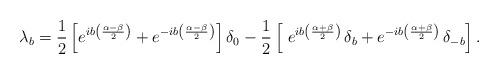
LaTeX: \begin{align*}\lambda_b=\frac{1}{2}\left[e^{ib\left(\frac{\alpha-\beta}{2}\right)}+e^{-ib\left(\frac{\alpha-\beta}{2}\right) } \right]\delta_0- \frac{1}{2}\left[\ e^{ib\left(\frac{\alpha+\beta}{2}\right)}\,\delta_{ b}+e^{-ib\left(\frac{\alpha+\beta}{2}\right)}\,\delta_{- b}\right].\end{align*}